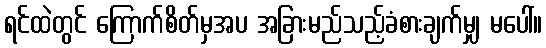
ရင်ထဲတွင် ကြောက်စိတ်မှအပ အခြားမည်သည့်ခံစားချက်မျှ မပေါ်။